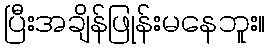
ပြီးအချိန်ဖြုန်းမနေဘူး။